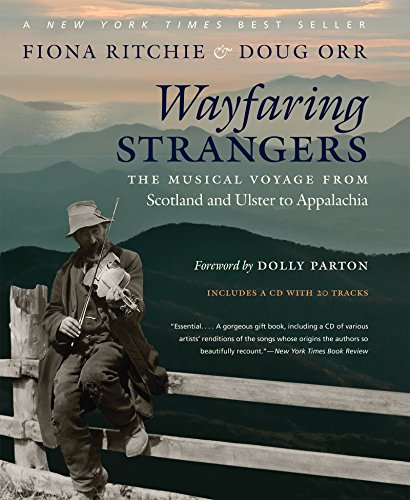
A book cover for Wayfaring Strangers: The Musical Voyage from Scotland and Ulster to Appalachia; Fiona Ritchie; Arts & Photography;